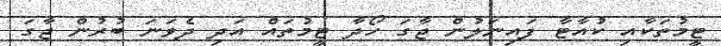
ޓީމުތަކާއި ކުއާޓާ ފައިނަލުން ޖާގަ ހޯދާ ޓީމުތައް އަދި ދެވަނަ ބުރުން ޖާގަ